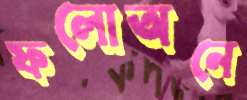
ফলোঅনে